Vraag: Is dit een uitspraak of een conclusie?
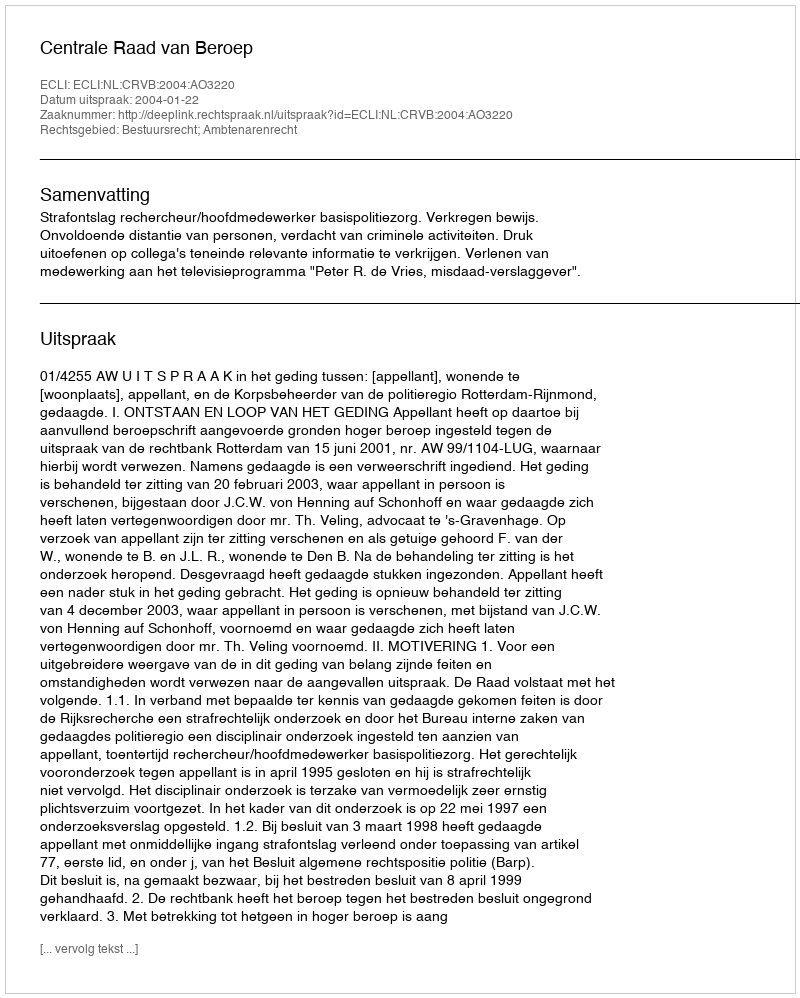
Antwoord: Uitspraak